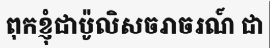
ពុកខ្ញុំជាប៉ូលិសចរាចរណ៍ ជា